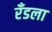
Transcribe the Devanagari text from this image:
रँडला